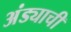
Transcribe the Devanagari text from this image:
अंड्याची